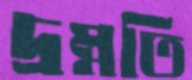
দ্রম্নতি